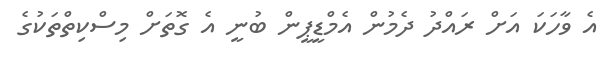
އެ ވާހަކަ އަށް ރައްދު ދެމުން އެމްޑީޕީން ބުނީ އެ ގޮތަށް މިސްކިތްތަކުގެ